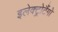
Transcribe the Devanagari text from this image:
इलेक्ट्रोटैंगो